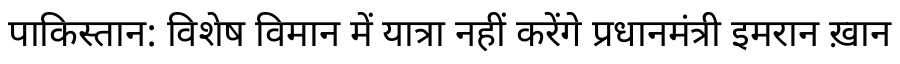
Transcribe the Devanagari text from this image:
पाकिस्तान: विशेष विमान में यात्रा नहीं करेंगे प्रधानमंत्री इमरान ख़ान